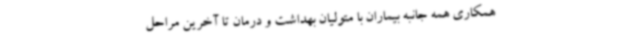
همکاری همه جانبه بیماران با متولیان بهداشت و درمان تا آخرین مراحل